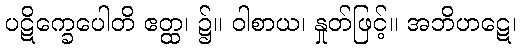
ပဋိက္ခေပေါတိ ဧတ္ထ၊ ၌။ ဝါစာယ၊ နှုတ်ဖြင့်။ အဘိဟဋေ၊